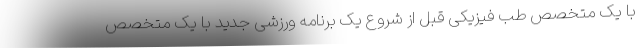
با یک متخصص طب فیزیکی قبل از شروع یک برنامه ورزشی جدید با یک متخصص